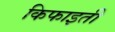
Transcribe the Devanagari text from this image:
किफाइती